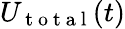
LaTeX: U_{\mathrm{~t~o~t~a~l~}}(t)